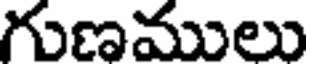
గుణములు